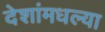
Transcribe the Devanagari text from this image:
देशांमधल्या